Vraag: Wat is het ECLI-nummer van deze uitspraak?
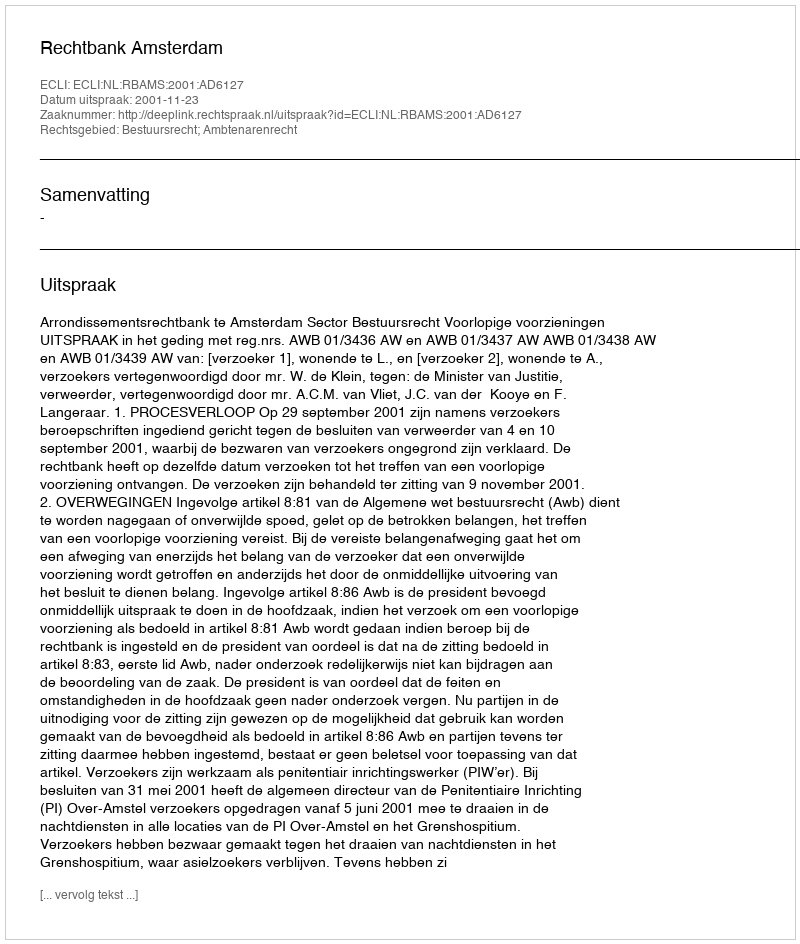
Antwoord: ECLI:NL:RBAMS:2001:AD6127